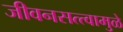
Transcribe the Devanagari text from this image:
जीवनसत्त्वामुळे